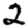
Digit: 2